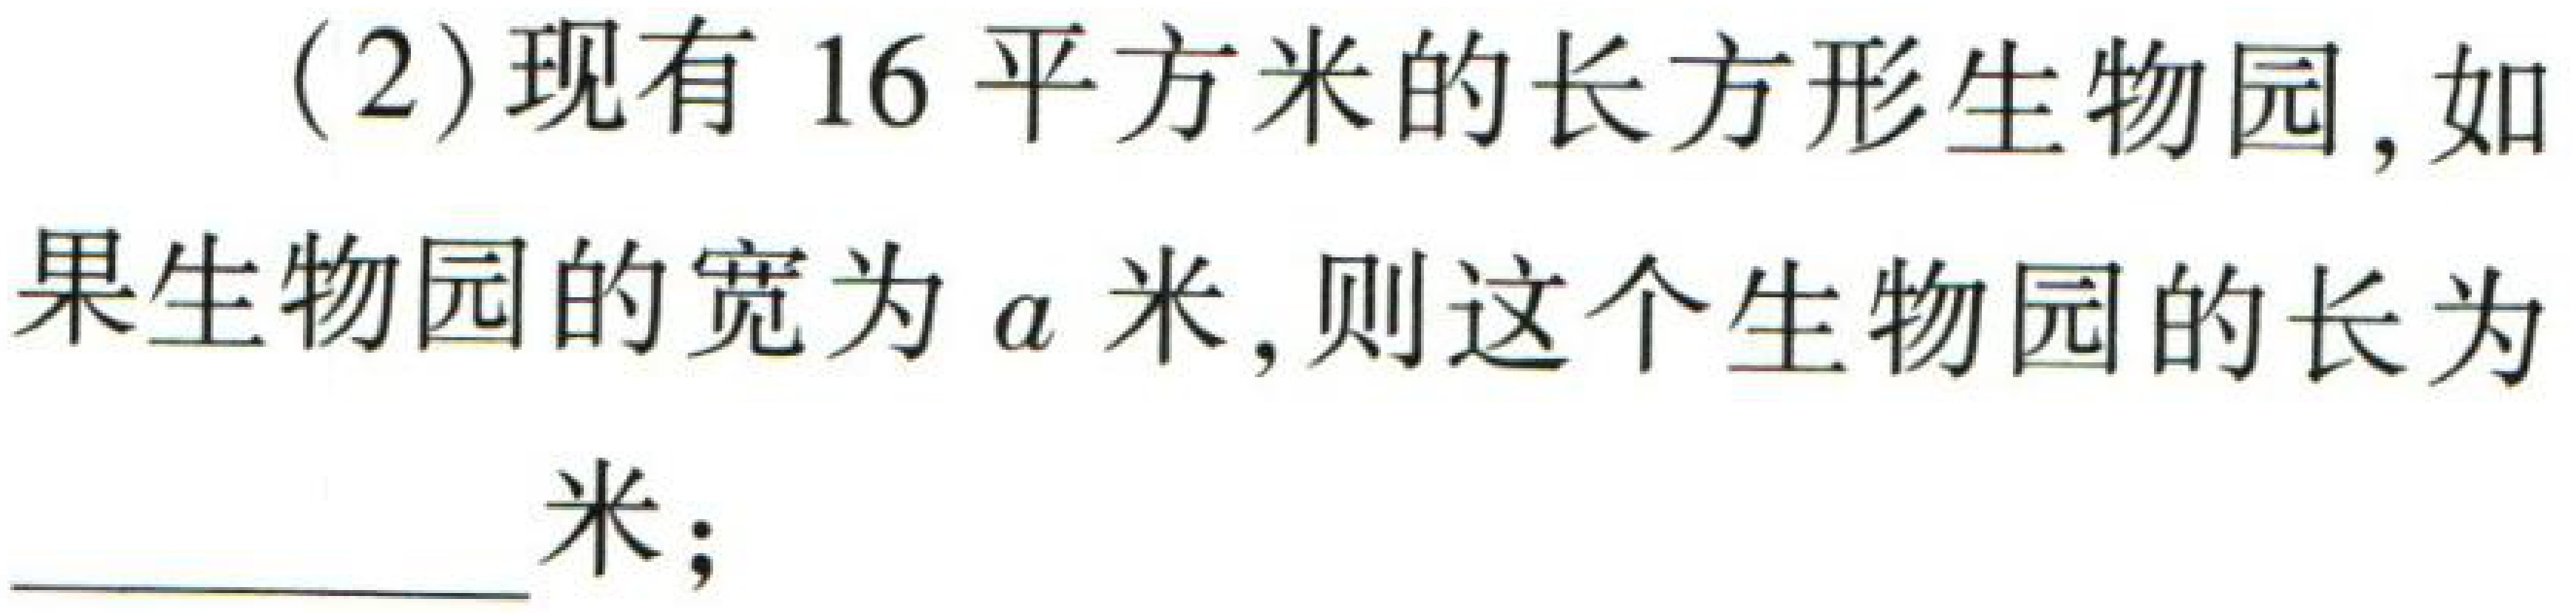
(2)现有\(16\)平方米的长方形生物园，如果生物园的宽为\(a\)米，则这个生物园的长为____米；